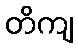
တိကျ